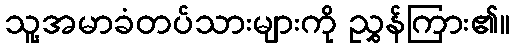
သူ့အမာခံတပ်သားများကို ညွှန်ကြား၏။